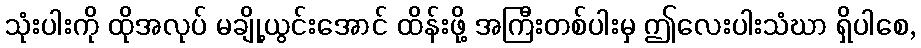
သုံးပါးကို ထိုအလုပ် မချို့ယွင်းအောင် ထိန်းဖို့ အကြီးတစ်ပါးမှ ဤလေးပါးသံဃာ ရှိပါစေ,